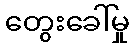
တွေးခေါ်မှု